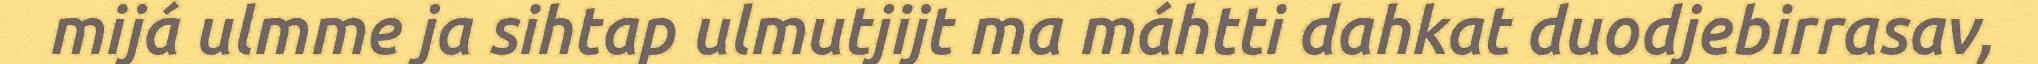
mijá ulmme ja sihtap ulmutjijt ma máhtti dahkat duodjebirrasav,